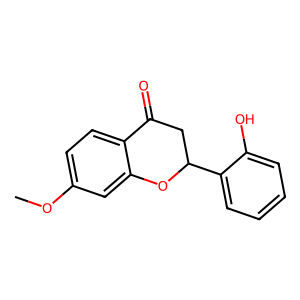
SMILES: COc1ccc2c(c1)OC(c1ccccc1O)CC2=O
Inhibits HIV replication: No